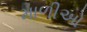
માળીઓ